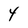
Character: 4